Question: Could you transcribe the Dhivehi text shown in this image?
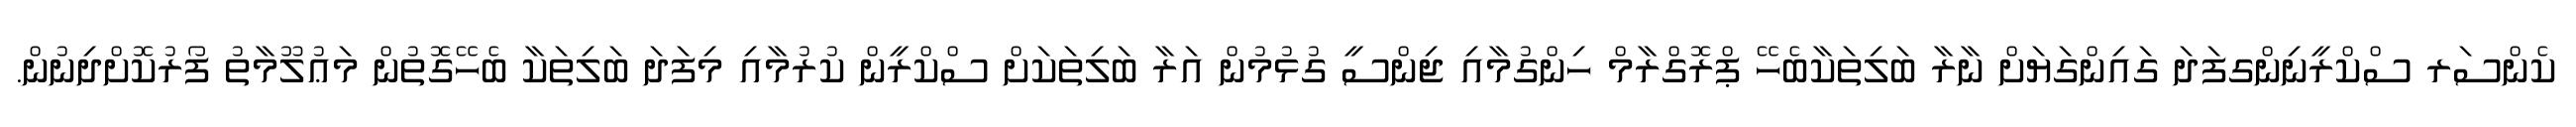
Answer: ކެންސަރ ސްކްރީނިންގފަދަ ގައިންގަޔަށް ނާރާ ބަލިތަކާބެހޭ ޕްރޮގްރާމް ހިންގުމާއި ޖިންސީ ގުޅުމުން އަރާ ބަލިތަކަށް ސްކްރީން ކުރުމާއި މިފަދަ ބަލިތަކާ ބެހޭގޮތުން މަޢުލޫމާތު ފޯރުކޮށްދިނުން.